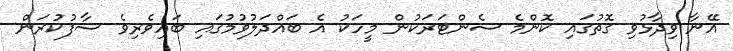
އޭނާ ވިދާޅުވި ގޮތުގައި ކޮންމެ ސެންޓަރަކުން މީހަކު އެ ބައްދަލުވުމުގައި ބައިވެރިވެ ސާފުކުރަން